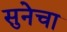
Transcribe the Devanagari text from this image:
सुनेचा